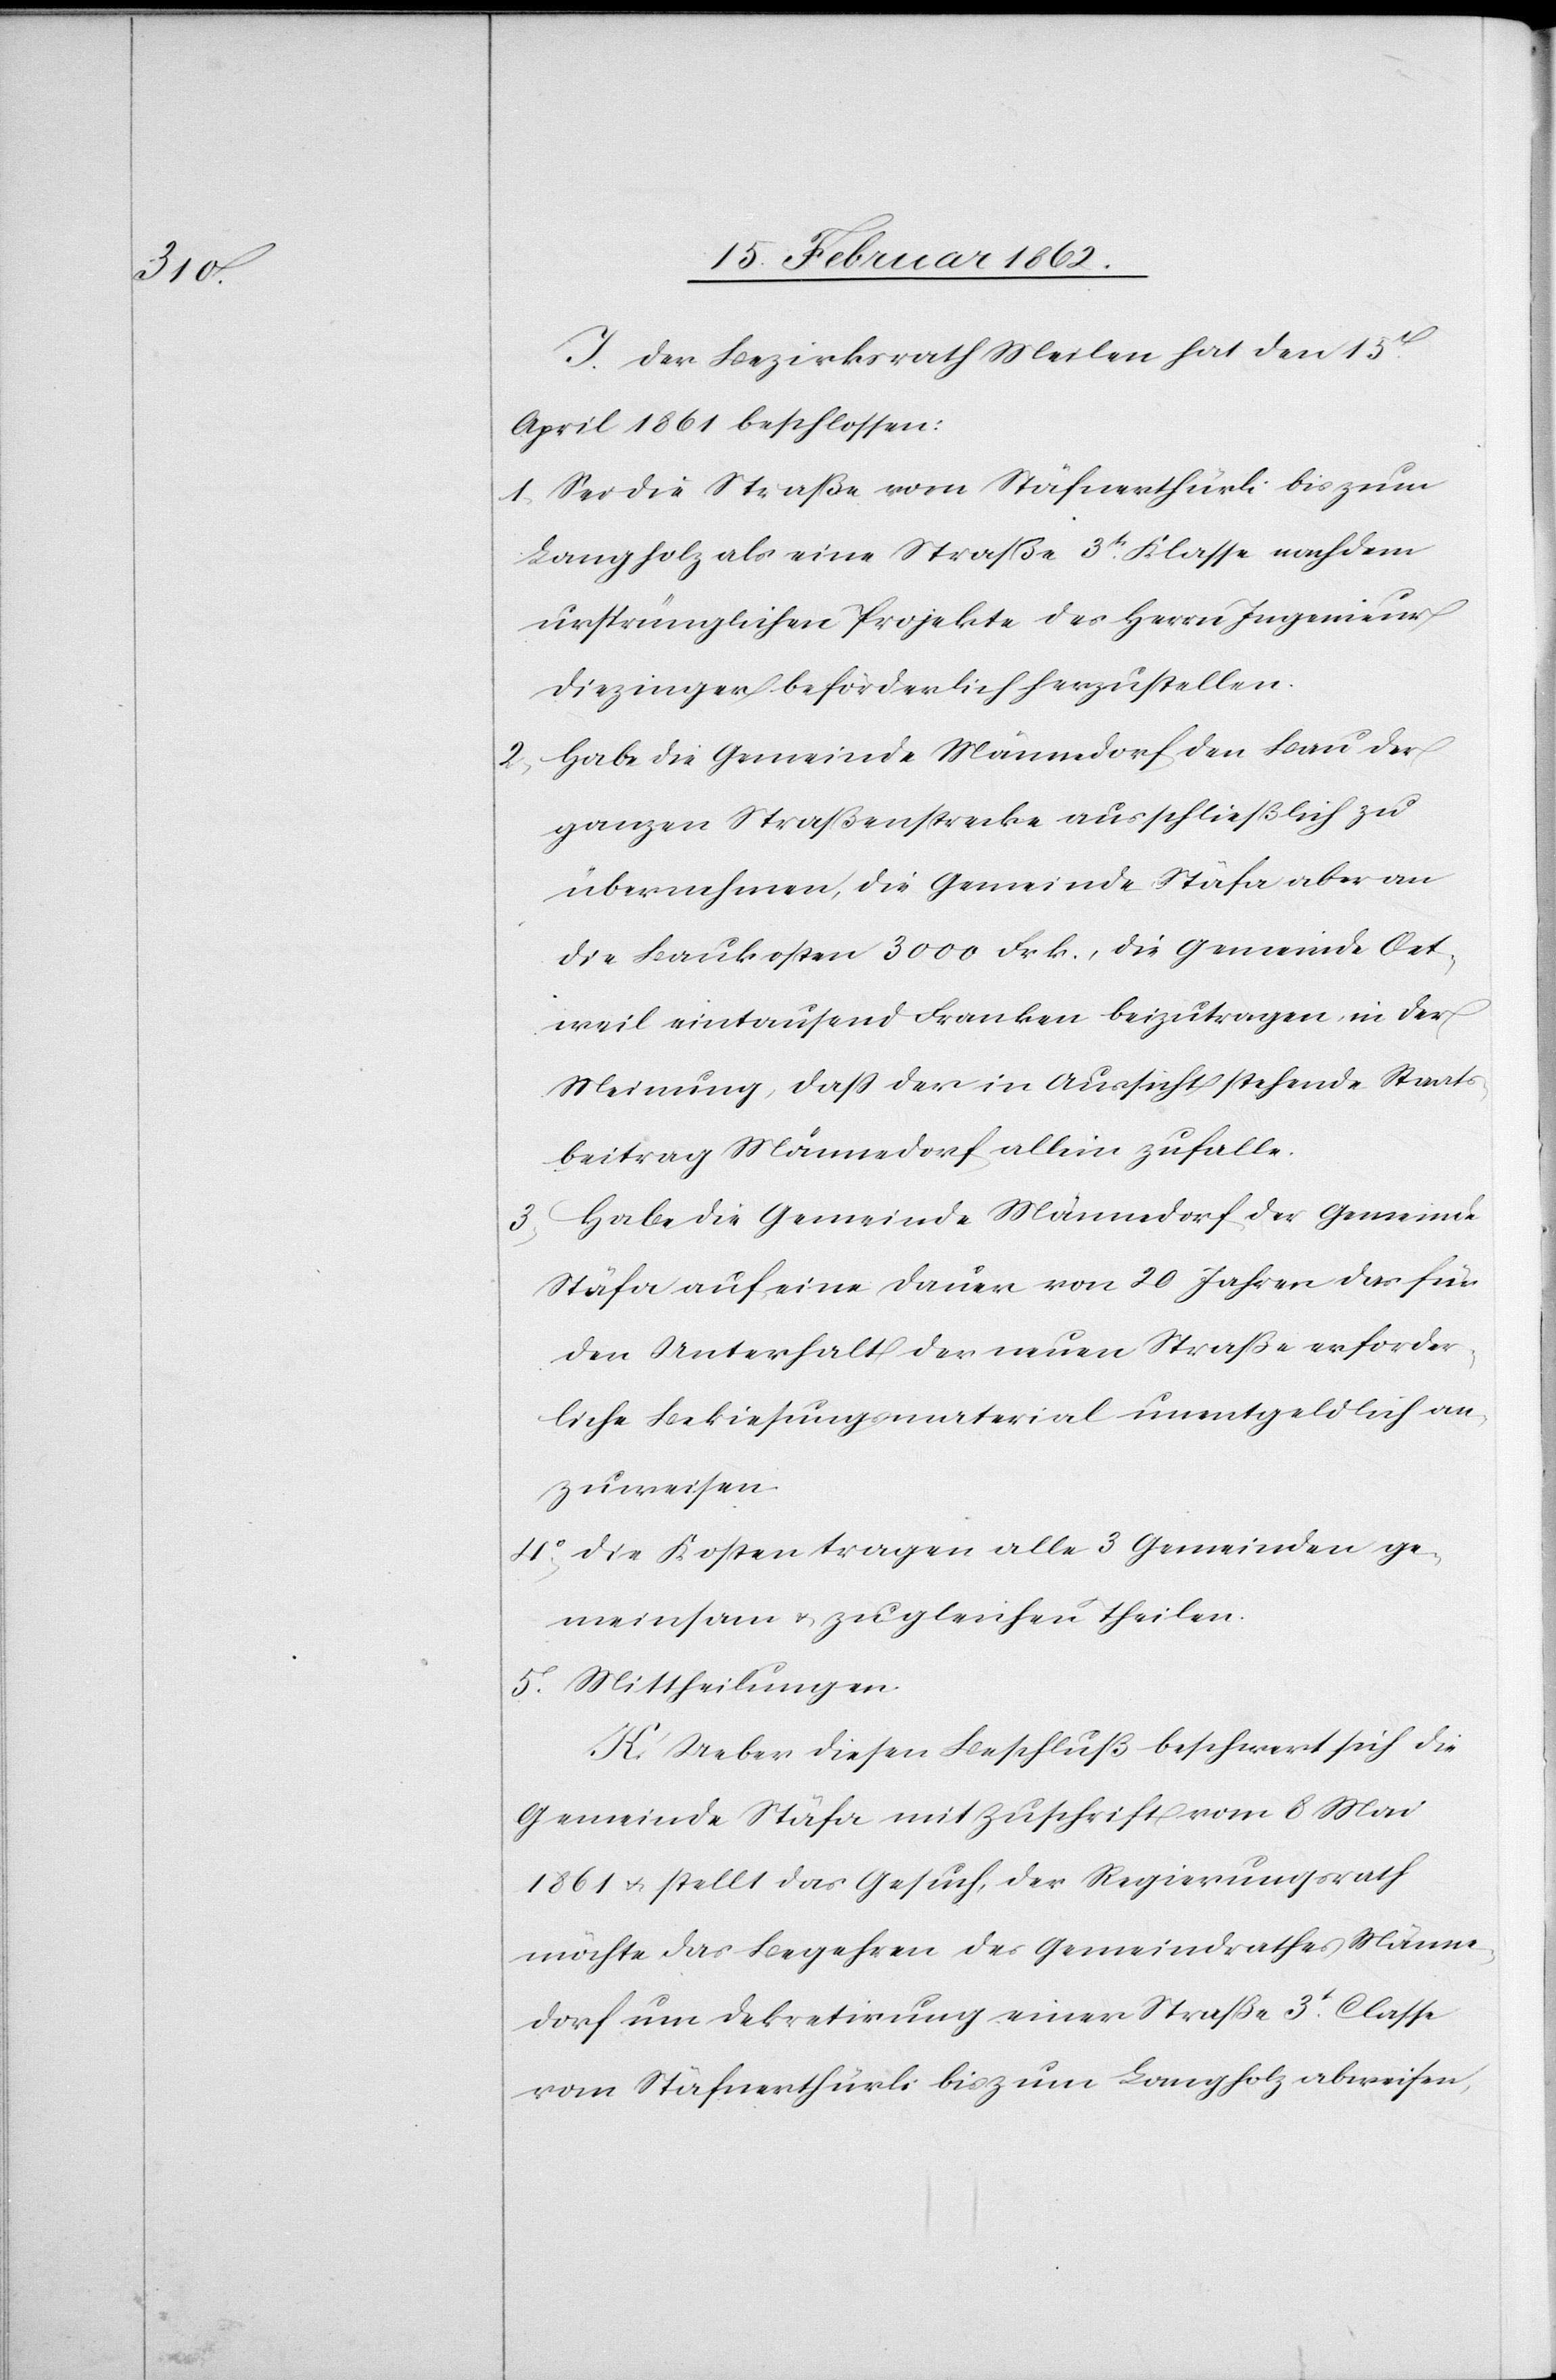
J. Der Bezirksrath Meilen hat den 15t.
April 1861 beschlossen:
1) Sei die Straße vom Stäfnerthürli bis zum
Langholz als eine Straße 3t. Klasse nach dem
ursprünglichen Projekte des Herrn Ingenieur
Diezinger beförderlich herzustellen.
2) Habe die Gemeinde Männedorf den Bau der
ganzen Straßenstrecke ausschließlich zu
übernehmen, die Gemeinde Stäfa aber an
die Baukosten 3000 Frk., die Gemeinde Oet¬
weil eintausend Franken beizutragen, in der
Meinung, daß der in Aussicht stehende Staats¬
beitrag Männedorf allein zufalle.
3) Habe die Gemeinde Männedorf der Gemeinde
Stäfa auf eine Dauer von 20 Jahren das für
den Unterhalt der neuen Straße erforder¬
liche Bekiesungsmaterial unentgeldlich an¬
zuweisen.
4) Die Kosten tragen alle 3 Gemeinden ge¬
meinsam u. zu gleichen Theilen.
5) Mittheilungen.
K. Ueber diesen Beschluß beschwert sich die
Gemeinde Stäfa mit Zuschrift vom 8 Mai
1861 u. stellt das Gesuch, der Regierungsrath
möchte das Begehren des Gemeindrathes Männe¬
dorf um Dekretirung einer Straße 3t. Classe
vom Stäfnerthürli bis zum Langholz abweisen,